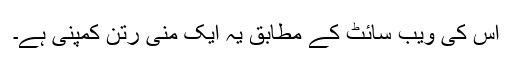
اس کی ویب سائٹ کے مطابق یہ ایک مِنی رتن کمپنی ہے۔